Senior Leaving Certificate Examination (including Day School Certificate (Higher) General paper), 1949
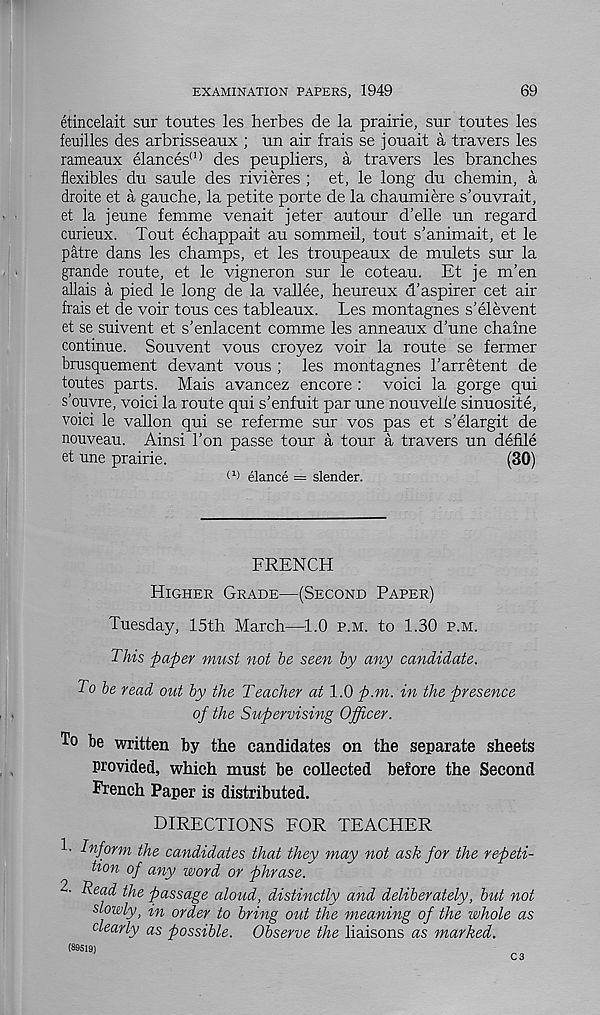
EXAMINATION PAPERS, 1949
69
etincelait sur toutes les herbes de la prairie, sur toutes les
feuilles des arbrisseaux ; un air frais se jouait a travers les
rameaux elances <1) des peupliers, a travers les branches
flexibles du saule des rivieres ; et, le long du chemin, a
droite et a gauche, la petite porte de la chaumiere s’ouvrait,
et la jeune femme venait jeter autour d’elle un regard
curieux. Tout echappait au sommeil, tout s’animait, et le
patre dans les champs, et les troupeaux de mulcts sur la
grande route, et le vigneron sur le coteau. Et je m’en
allais a pied le long de la vallee, heureux d’aspirer cet air
frais et de voir tons ces tableaux. Les montagnes s’elevent
et se suivent et s’enlacent comme les anneaux d’une chaine
continue. Souvent vous croyez voir la route se fermer
brusquement devant vous ; les montagnes 1’arretent de
toutes parts. Mais avancez encore : void la gorge qui
s’ouvre, void la route qui s’enfuit par une nouvelie sinuosite,
voici le vallon qui se referme sur vos pas et s’elargit de
nouveau. Ainsi Ton passe tour a tour a travers un defile
et une prairie.
(30)
W elance = slender.
FRENCH
Higher Grade—(Second Paper)
Tuesday, 15th March—1.0 p.m. to 1.30 p.m.
This paper must not be seen by any candidate.
To be read out by the Teacher at 1.0 p.m. in the presence
of the Supervising Officer.
To be written by the candidates on the separate sheets
provided, which must be collected before the Second
French Paper is distributed.
directions for teacher
!• Inform the candidates that they may not ask for the repeti-
tion of any word or phrase.
2. Read the passage aloud, distinctly and deliberately, but not
slowly, in order to bring out the meaning of the whole as
dearly as possible. Observe the liaisons as marked.
(89519)